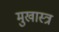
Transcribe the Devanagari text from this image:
मुखास्त्र